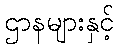
ဌာနများနှင့်